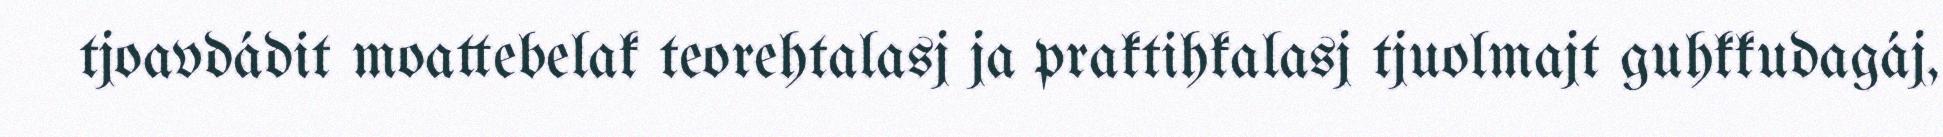
tjoavdádit moattebelak teorehtalasj ja praktihkalasj tjuolmajt guhkkudagáj,